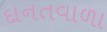
દાનતવાળા